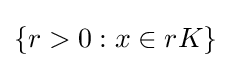
{\textstyle \{r>0:x\in rK\}}